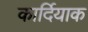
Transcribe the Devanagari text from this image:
कार्दियाक